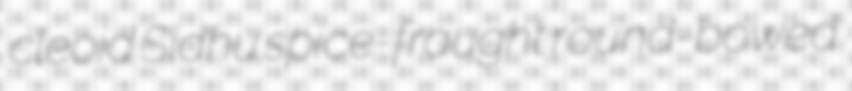
cleoid Sidhu spice-fraught round-bowed